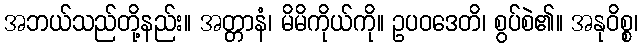
အဘယ်သည်တို့နည်း။ အတ္တာနံ၊ မိမိကိုယ်ကို။ ဥပဝဒေတိ၊ စွပ်စဲ၏။ အနုဝိစ္စ၊